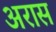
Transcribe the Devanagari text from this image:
अरास